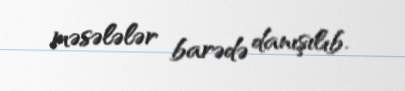
məsələlər barədə danışılıb.